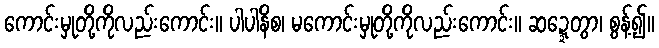
ကောင်းမှုတို့ကိုလည်းကောင်း။ ပါပါနိစ၊ မကောင်းမှုတို့ကိုလည်းကောင်း။ ဆဍ္ဍေတွာ၊ စွန့်၍။